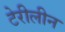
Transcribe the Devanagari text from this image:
टेरीलीन